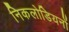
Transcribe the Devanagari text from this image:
निकलोडियनों